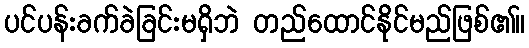
ပင်ပန်းခက်ခဲခြင်းမရှိဘဲ တည်ထောင်နိုင်မည်ဖြစ်၏။